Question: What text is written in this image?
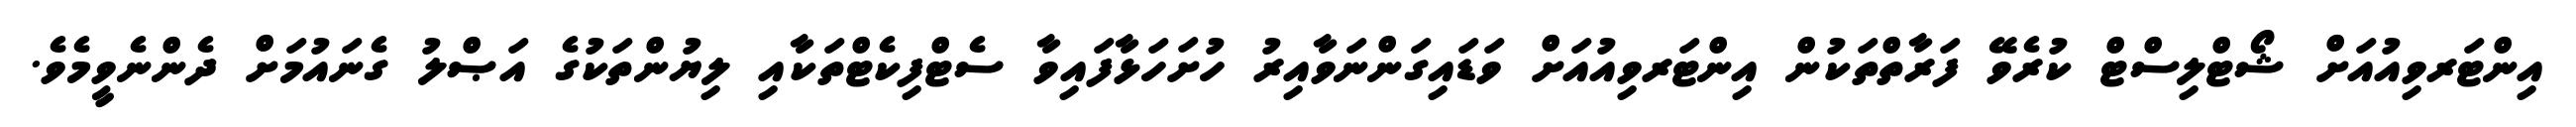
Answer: އިންޓަރވިއުއަށް ޝޯޓްލިސްޓް ކުރެވޭ ފަރާތްތަކުން އިންޓަރވިއުއަށް ވަޑައިގަންނަވާއިރު ހުށަހަޅާފައިވާ ސެޓްފިކެޓްތަކާއި ލިޔުންތަކުގެ އަޞްލު ގެނައުމަށް ދެންނެވީމެވެ.